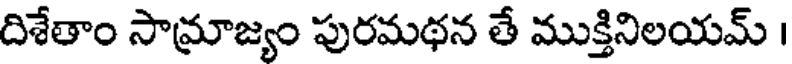
దిశేతాం సామ్రాజ్యం పురమథన తే ముక్తినిలయమ్ ।